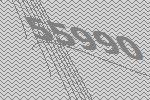
55990